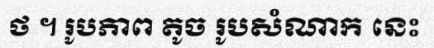
ថ ។ រូបភាព តូច រូបសំណាក នេះ